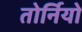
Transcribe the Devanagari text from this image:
तोर्नियो